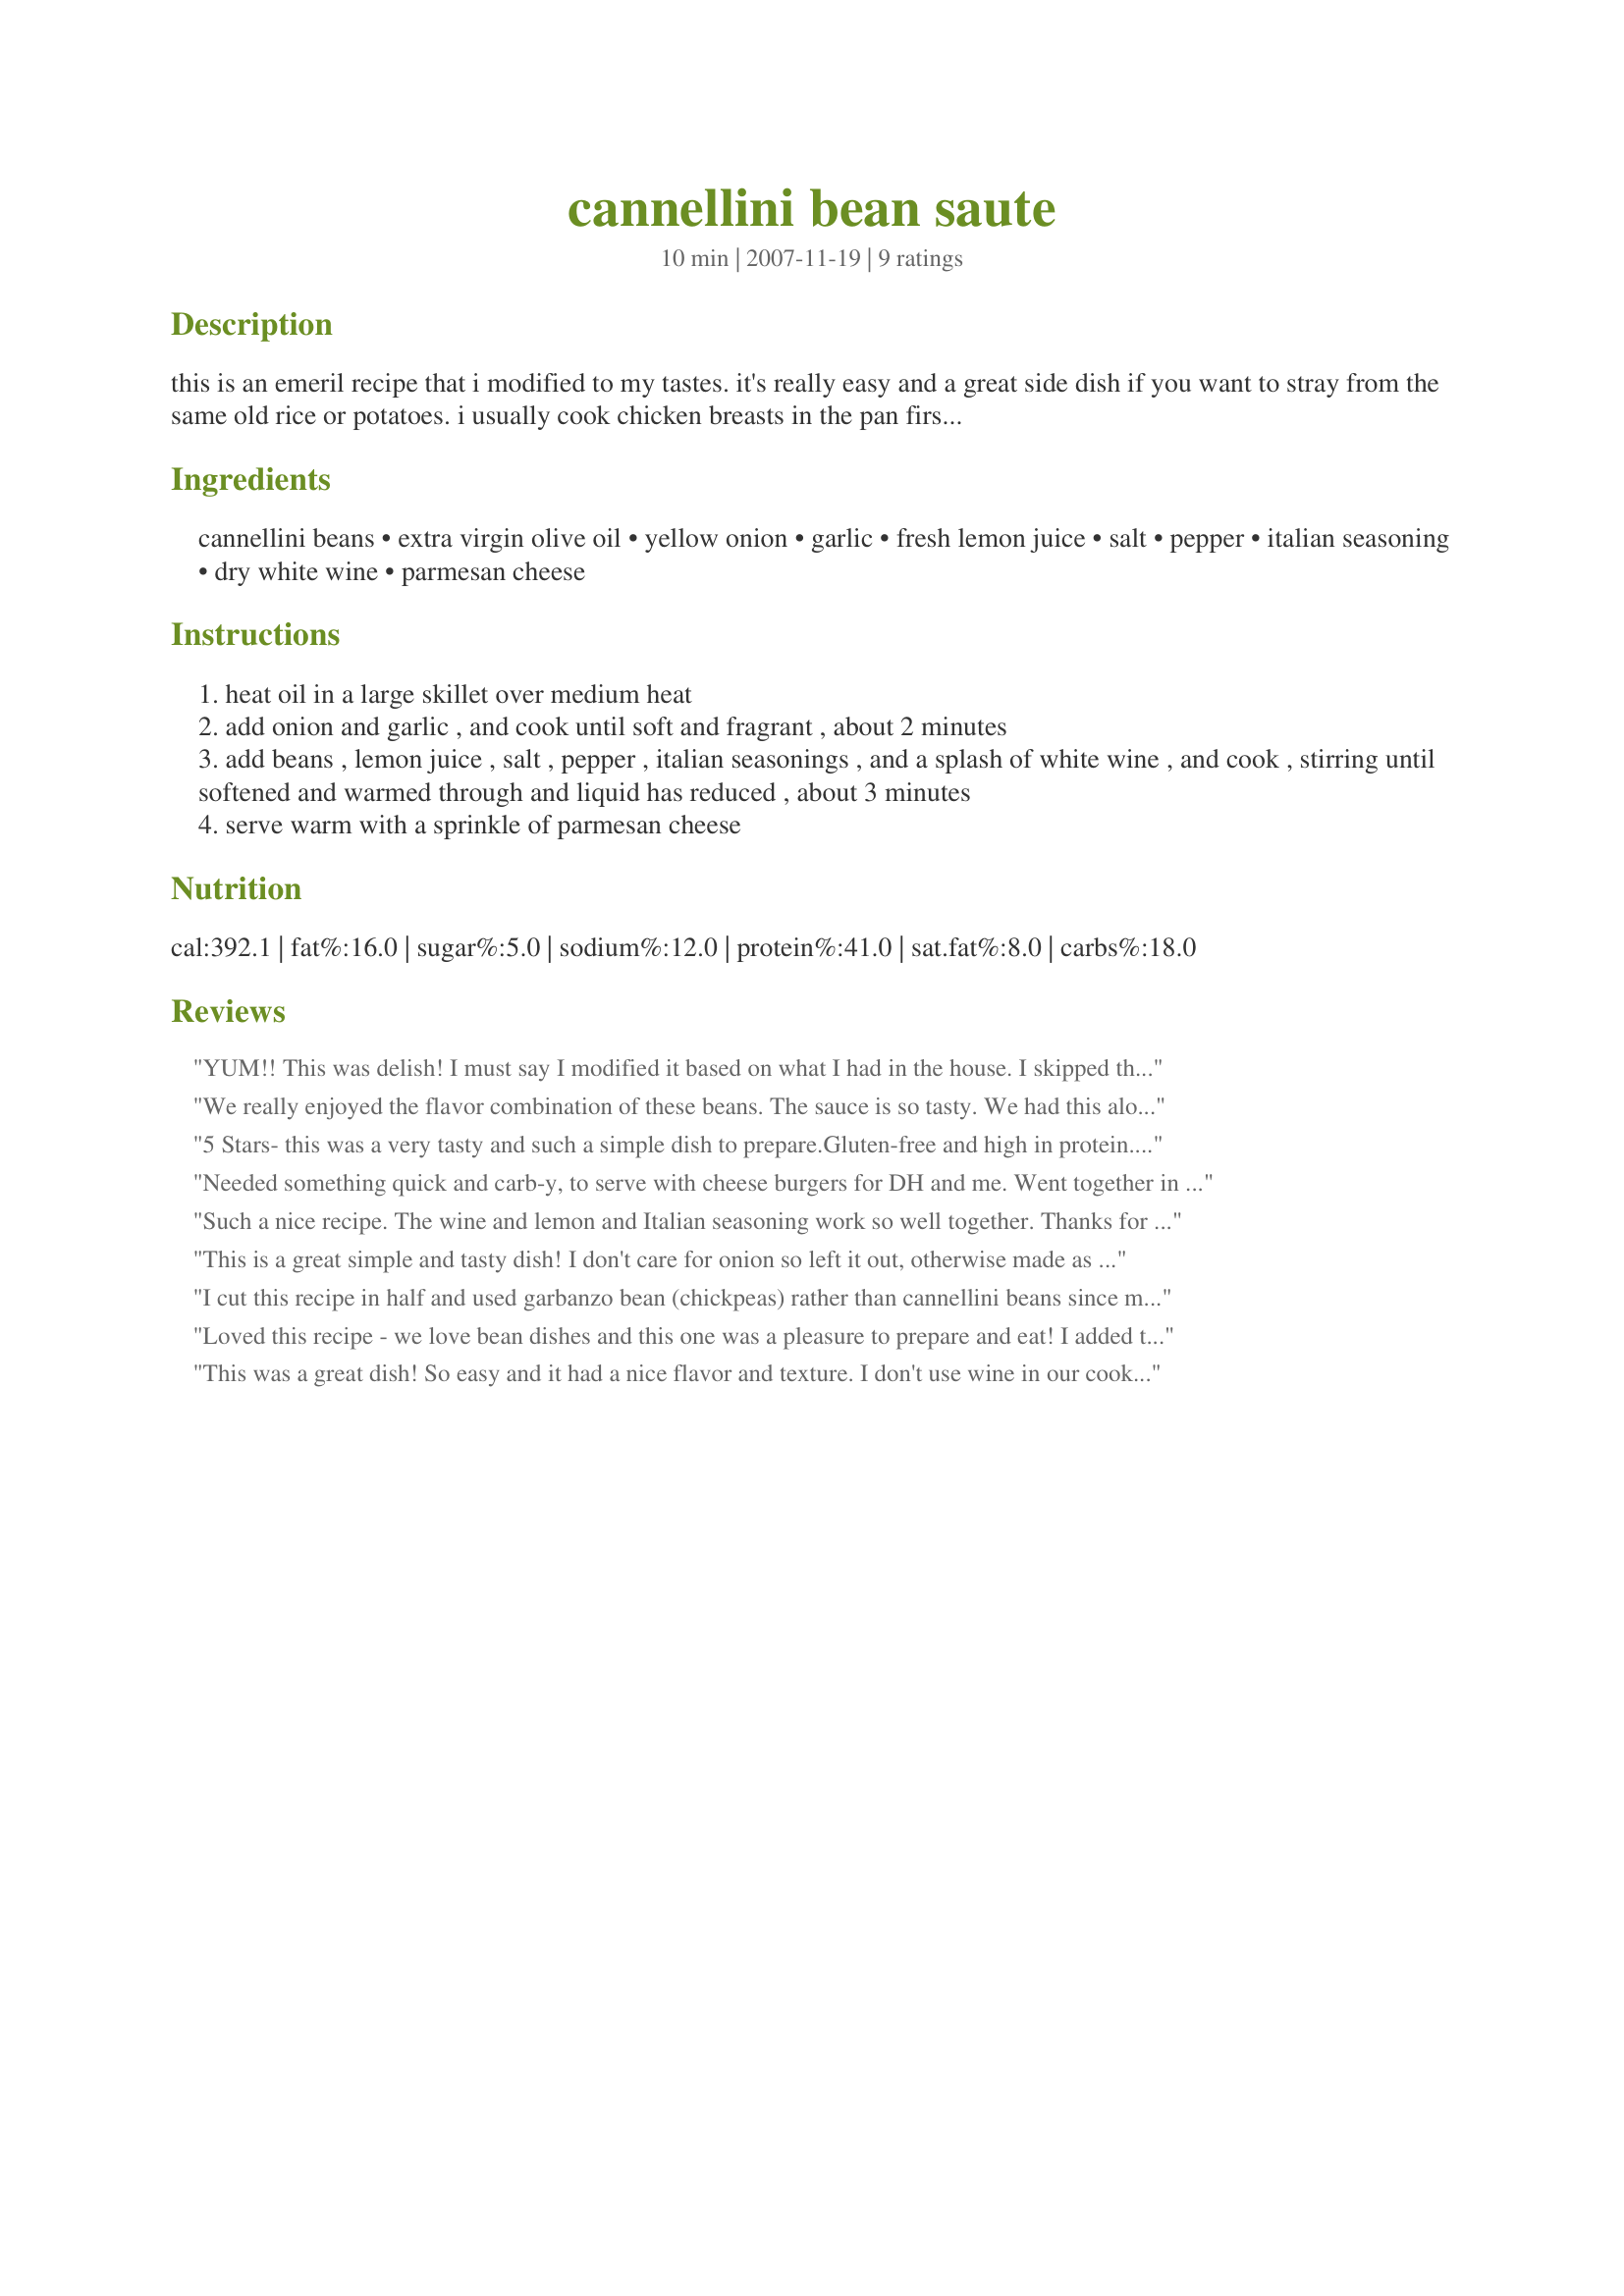
cannellini bean saute
Preparation time: 10 minutes

this is an emeril recipe that i modified to my tastes. it's really easy and a great side dish if you want to stray from the same old rice or potatoes. i usually cook chicken breasts in the pan first and use the oil/drippings as my starting base.

Ingredients:
cannellini beans, extra virgin olive oil, yellow onion, garlic, fresh lemon juice, salt, pepper, italian seasoning, dry white wine, parmesan cheese

Steps:
heat oil in a large skillet over medium heat
add onion and garlic , and cook until soft and fragrant , about 2 minutes
add beans , lemon juice , salt , pepper , italian seasonings , and a splash of white wine , and cook , stirring until softened and warmed through and liquid has reduced , about 3 minutes
serve warm with a sprinkle of parmesan cheese

Reviews:
YUM!! This was delish! I must say I modified it based on what I had in the house. I skipped the onion and substituted 2 roma tomatoes. Then added 2 large cloves of garlic. I skipped the wine because I was out and increased the lemon juice. So Good!! Thanks!
We really enjoyed the flavor combination of these beans. The sauce is so tasty. We had this along with a few turkey meatballs and some crusty bread. Thanks for the great side dish!
5 Stars- this was a very tasty and such a simple dish to prepare.Gluten-free and high in protein. A versatile dish you could add other seasonings to the beans to add the flavours of your meal. Also nice cold with some extra lemon juice added as bean salad. Photo also being posted. Thanks for a great tasty and simple recipe :)
Needed something quick and carb-y, to serve with cheese burgers for DH and me. Went together in a flash and was very tasty. I can see this as a regular side. Thanks for posting.
Such a nice recipe. The wine and lemon and Italian seasoning work so well together. Thanks for sharing. It is a keeeper.
This is a great simple and tasty dish! I don't care for onion so left it out, otherwise made as specified. I scaled this down to 1 serving and enjoyed it with a salad for a great light lunch - thanks for sharing the recipe! Made for Spring PAC 2009
I cut this recipe in half and used garbanzo bean (chickpeas) rather than cannellini beans since my family prefers them and served the Parmesan cheese on the side so that everyone could add as much as they liked. This is a nice, quick vegetarian entree. Made for ZWT7
Loved this recipe - we love bean dishes and this one was a pleasure to prepare and eat! I added the lemon juice at the end, for a nice fresh splash of flavor. Will definitely make this again, it's a keeper - great for a vegetarian dinner with some crusty bread and a salad or as a side dish to pasta. Made for ZWT7 Dinner and a Movie Part II and the HOT PINK LADIES.
This was a great dish! So easy and it had a nice flavor and texture. I don't use wine in our cooking, so I substituted a little apple juice and splash of wine vinegar.
